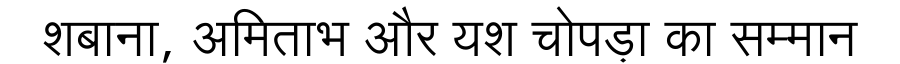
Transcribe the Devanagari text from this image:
शबाना, अमिताभ और यश चोपड़ा का सम्मान